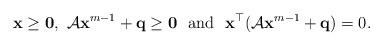
LaTeX: \begin{align*}{\bf x}\geq {\bf 0},~\mathcal{A}{\bf x}^{m-1}+{\bf q}\geq {\bf 0}~~{\rm and}~~{\bf x}^\top (\mathcal{A}{\bf x}^{m-1}+{\bf q})=0.\end{align*}